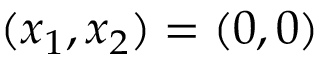
( x _ { 1 } , x _ { 2 } ) = ( 0 , 0 )